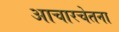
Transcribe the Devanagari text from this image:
आचारचेतना